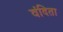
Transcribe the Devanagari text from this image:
वंदिता